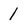
Character: 1